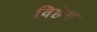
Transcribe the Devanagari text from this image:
विहेम